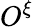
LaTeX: O^{\xi}